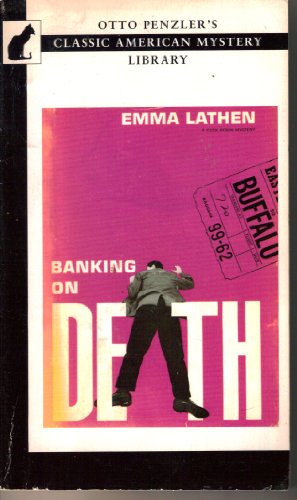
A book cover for Banking on Death (Otto Penzler's Classic American Mystery Library); Emma Lathen; Mystery, Thriller & Suspense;